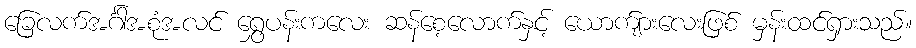
ခြေလက်အင်္ဂါအစုံအလင် ရွှေပန်းကလေး ဆန်စေ့လောက်နှင့် ယောက်ျားလေးဖြစ် မှန်းထင်ရှားသည်။